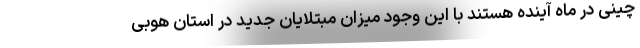
چینی در ماه آینده هستند با این وجود میزان مبتلایان جدید در استان هوبی